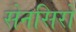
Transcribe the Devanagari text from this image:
सेनसिरो